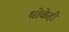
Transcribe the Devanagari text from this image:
धोकेही